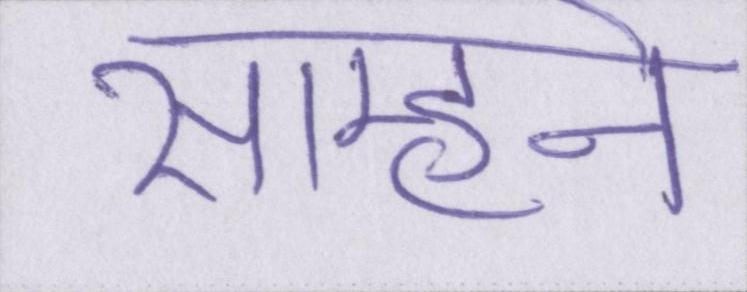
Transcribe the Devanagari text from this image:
साम्हने